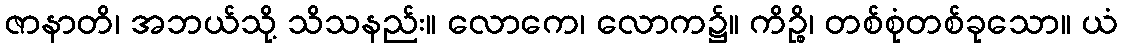
ဇာနာတိ၊ အဘယ်သို့ သိသနည်း။ လောကေ၊ လောက၌။ ကိဉ္စိ၊ တစ်စုံတစ်ခုသော။ ယံ